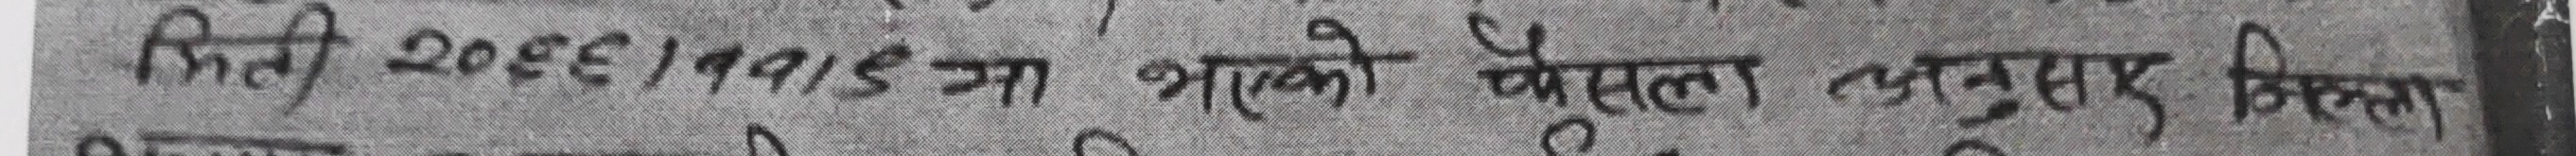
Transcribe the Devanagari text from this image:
मिति २०६६/१९१५ मा भएको फैसला अनुसार जिल्ला